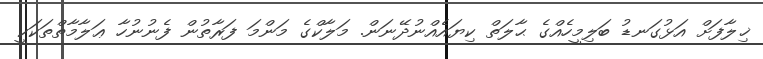
ޚިލާފަށް އަޅުގަނޑު ބަލިމީހެއްގެ ޙާލަތް ކިޔައެއްނުދޭނަން. މަލާކްގެ މަންމަ ފަރާތުން ފެނުނުހާ ޢަލާމާތްތަކަކީ